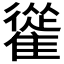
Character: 𩀰